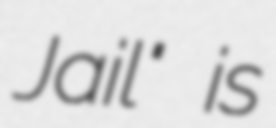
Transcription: Jail" is